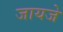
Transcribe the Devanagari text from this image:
जायजे